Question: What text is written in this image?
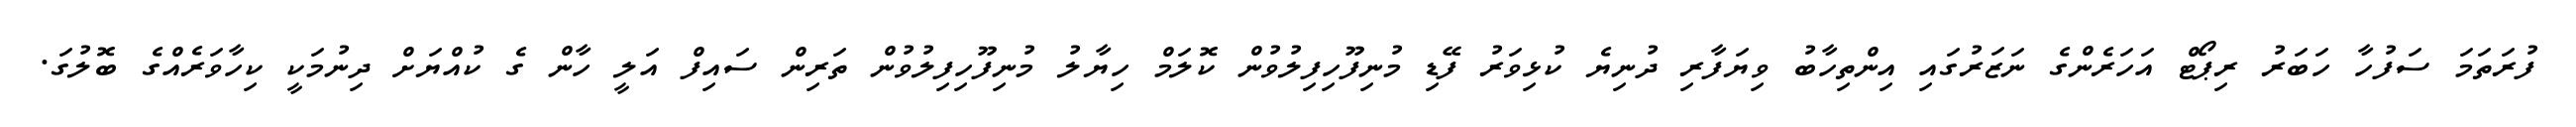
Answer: ފުރަތަމަ ސަފުހާ ހަބަރު ރިޕޯޓް އަހަރެންގެ ނަޒަރުގައި އިންތިހާބު ވިޔަފާރި ދުނިޔެ ކުޅިވަރު ފޭޑި މުނިފޫހިފިލުވުން ކޮލަމް ހިޔާލު މުނިފޫހިފިލުވުން ތަރިން ސައިފް އަލީ ހާން ގެ ކުއްޔަށް ދިނުމަކީ ކިހާވަރެއްގެ ބޮލުގަ.